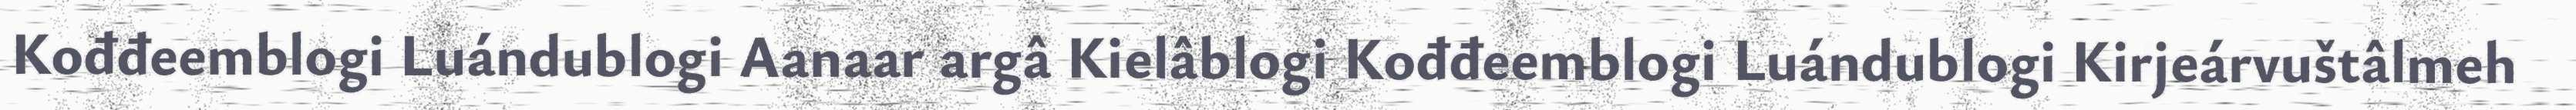
Kođđeemblogi Luándublogi Aanaar argâ Kielâblogi Kođđeemblogi Luándublogi Kirjeárvuštâlmeh